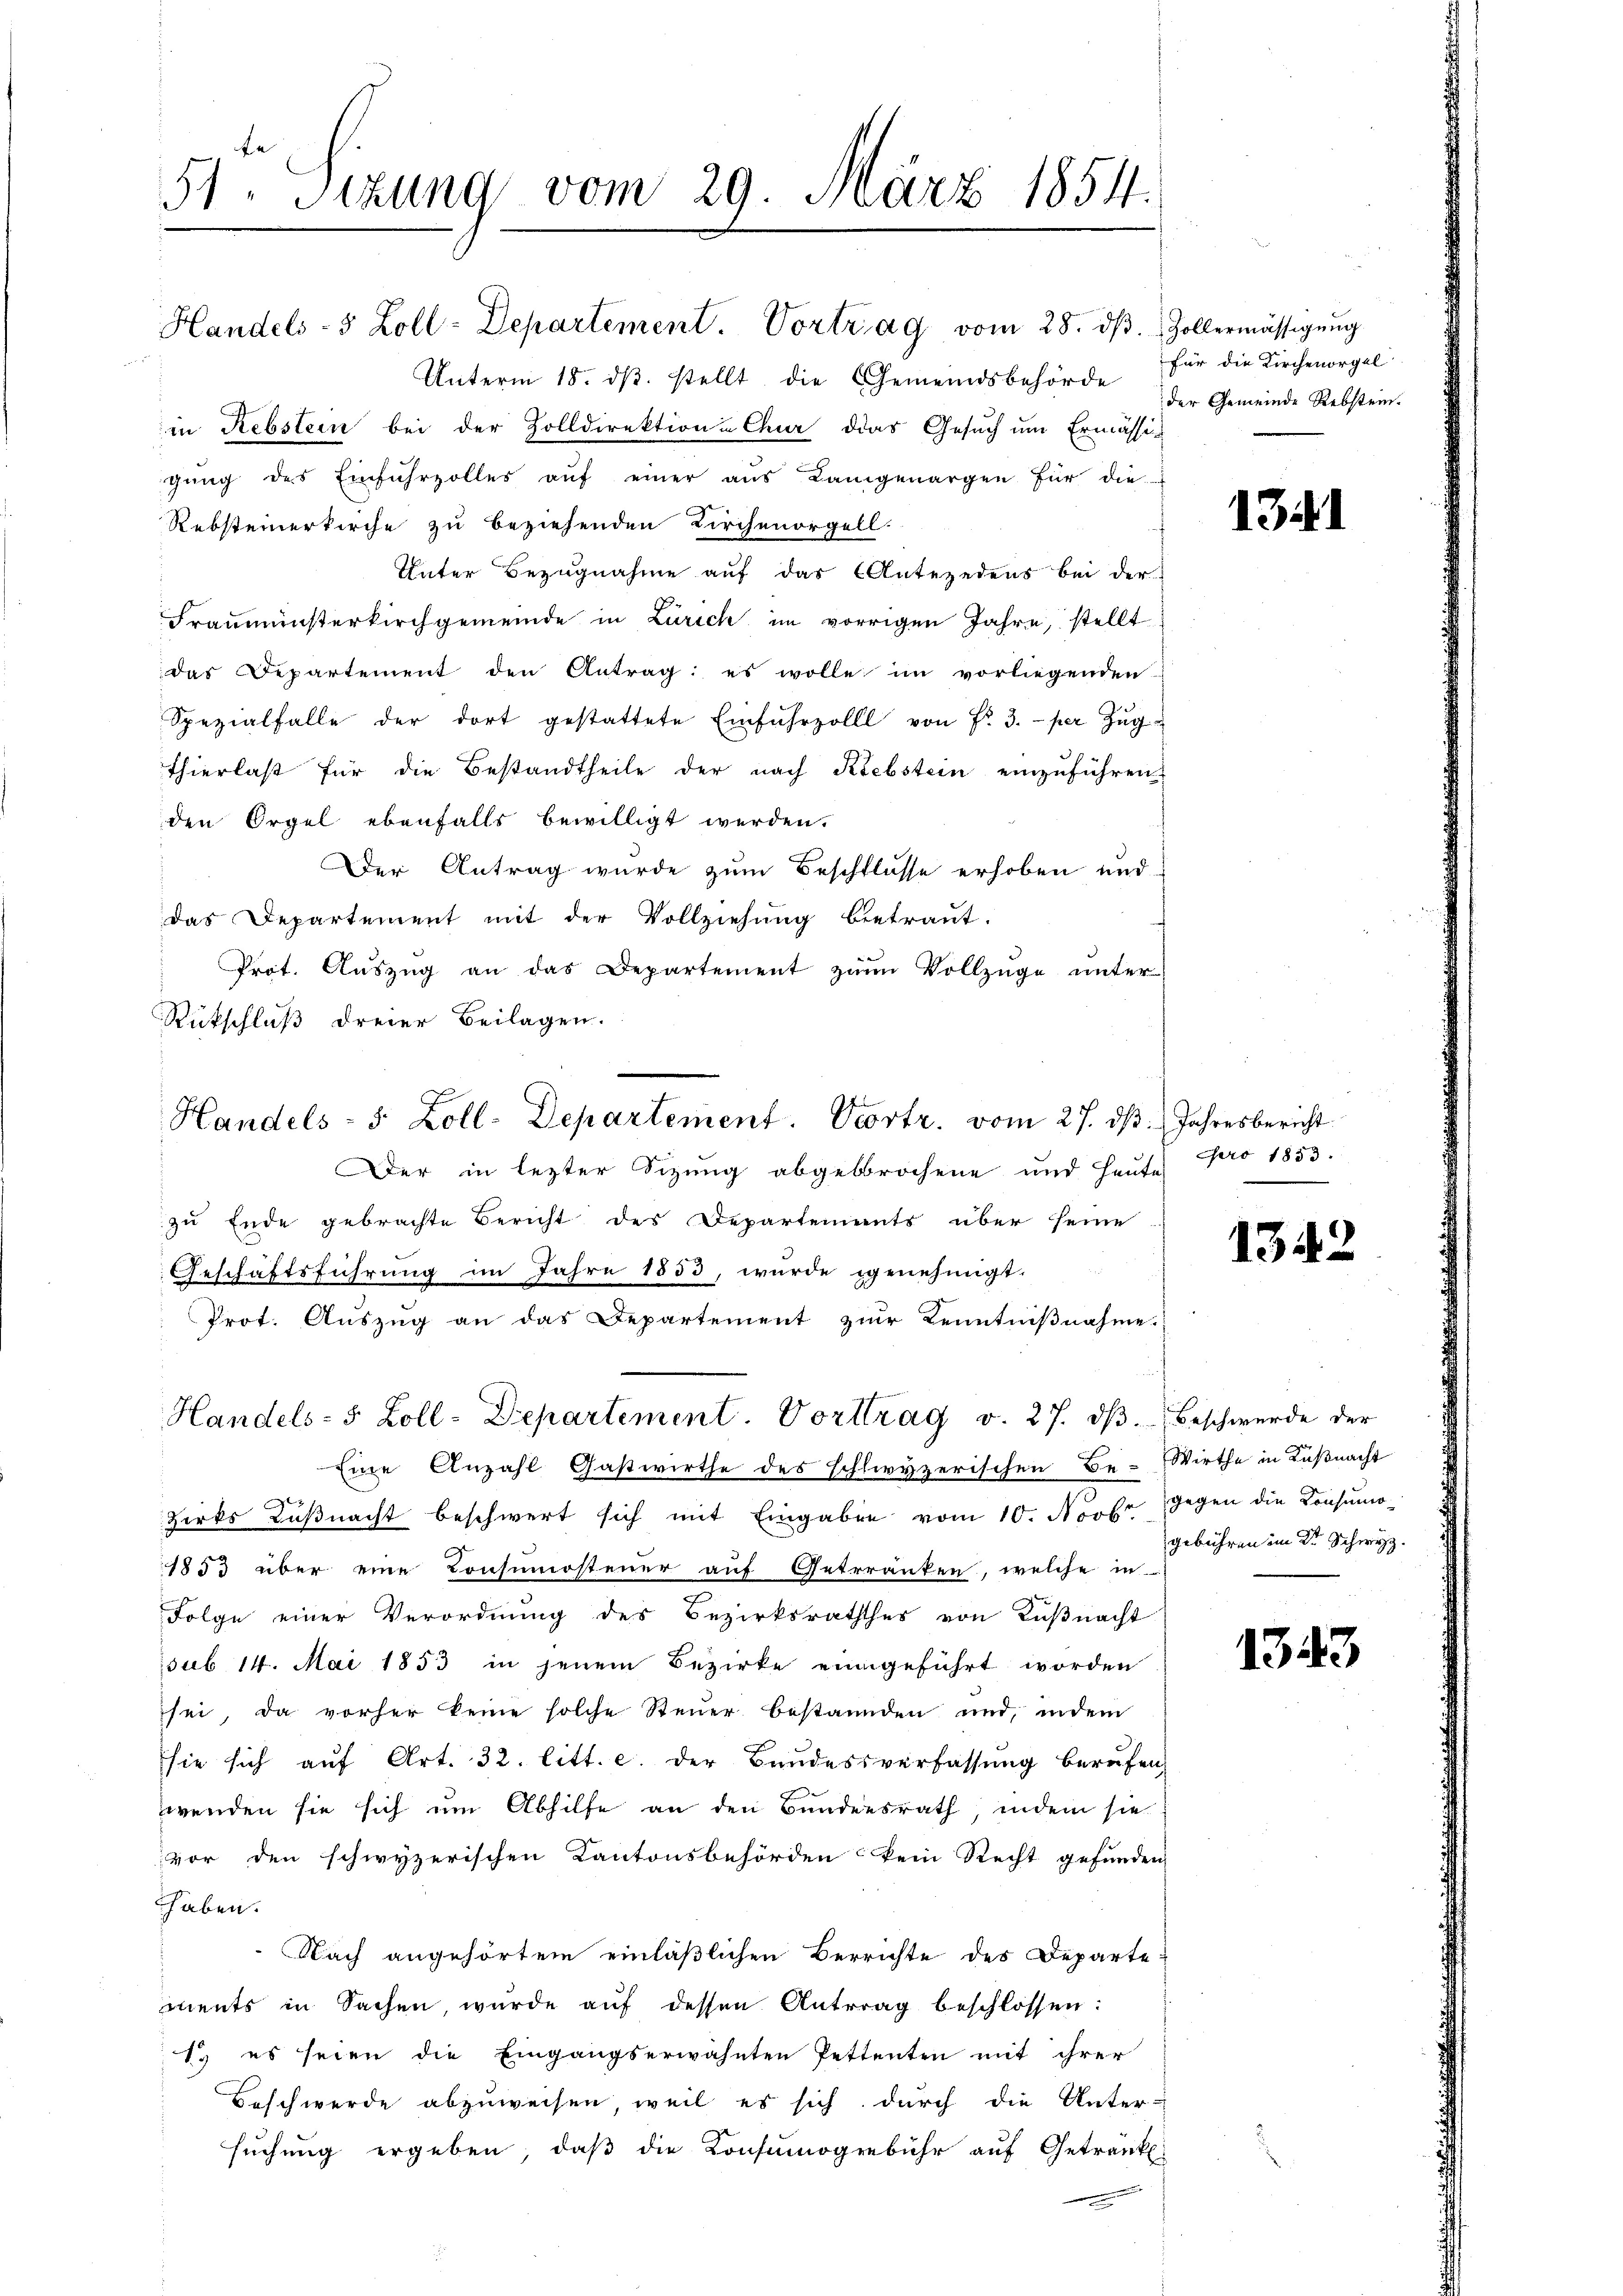
51 Sizung vom 29. März 1854.

Handels- 5 Zoll-Departement. Vortrag vom 28. ds.
Unterm 18. dβ stellt die Gemeindsbehörde
in Rebstein bei der Zolldirektion u Chur das Gesuch um Ermässig
gung des Einfuhrzolles auf einer aus Langenargen für die-
Rebsteinerkirche zu beziehenden Kirchenorgell
Unter Bezugnahme auf das Antezedens bei der
Fraumünsterkirchgemeinde in Zürich im vorrigen Jahre, stellt
das Departement den Antrag: es wolle im vorliegenden
Spezialfalle der dort gestattete Einfuhrzolll von Fr. 3. per Zŭg
Thierlast für die Bestandtheile der nach Krebstein einzuführen
den Orgel ebenfalls bewilligt werden.
Der Antrag wurde zum Beschlusse erhoben und
das Departement mit der Vollziehŭng betraŭt.
Prot. Aŭszŭg an das Departement zum Vollzüge unter
Rückschluß dreier Beilagen.
Der in lezter Sizung abgebrochene und Heute
zu Ende gebrachte Bericht des Departements über seine
Geschäftsführung im Jahre 1853, wurde genehmigt.
Prot. Auszug an das Departement zur Kenntnißnahme
Handels- 5 Zoll-Departement Vorttrag v. 27. dβ beschwerde der
Eine Anzahl Gastwirthe des schlwyzerischen Be-Wirthe in Küßnacht
zirks Küßnacht beschwert sich mit Eingaben vom 10. Novbr. gegen die Konsumo¬
1853 über eine Brüsumosteuer auf Getrranken, welche in
Folge einer Verordnung des Bezirksraththes von Küßnacht
sub 14. Mai 1853 in jenem Bezirke eingeführt worden
sei, da vorher keine solche Steuer bestanden und, indem
sie sich auf Art. 32. litt. c. der Bundessverfassung berufen
wenden sie sich um Abhilfe an den Bundesrath, indem sie
vor den schwyzerischen Kantonsbehörden kein Recht gefunden
haben.
Nach angehörtem einläßlichen Berrichte des Departements in Sachen wurde aŭf dessen Antrag beschlossen:
1. es seien die Eingangserwähnten Pettenten mit ihrer
Beschwerde abzuweisen, weil es sich durch die Unter-
suchung ergeben, daß die Konsumogebühr auf Getränk

Handels- 5 Zoll-Departement. Vortr. vom 27. dβ. Jahresbericht

Zollermässigung
für die Kirchenorgel
der Gemeinde Rebstein.

1341

pro 1853.
.

134

gebühren im Dr. Schwyz.

1343